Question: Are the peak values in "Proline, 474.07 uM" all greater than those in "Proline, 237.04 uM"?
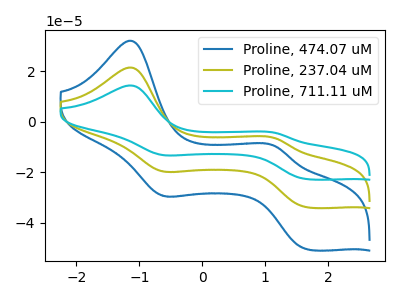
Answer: <think>The blue curve "Proline, 474.07 uM" has anodic peaks at (-1.15V, 32.20uA) (1.15V, -9.55uA) and cathodic peaks at (-0.65V, -29.05uA) (1.70V, -50.55uA). The olive curve "Proline, 237.04 uM" has anodic peaks at (-1.15V, 21.60uA) (1.15V, -6.40uA) and cathodic peaks at (-0.65V, -19.50uA) (1.70V, -33.85uA). The cyan curve "Proline, 711.11 uM" has anodic peaks at (-1.15V, 43.15uA) (1.15V, -12.75uA) and cathodic peaks at (-0.65V, -38.95uA) (1.70V, -67.75uA).</think>
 <answer>The peaks in "Proline, 474.07 uM" are neither all higher or all lower than the peaks in "Proline, 237.04 uM".</answer>
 <eval>mixed</eval>